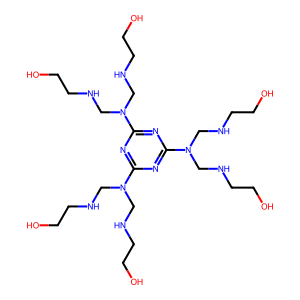
SMILES: OCCNCN(CNCCO)c1nc(N(CNCCO)CNCCO)nc(N(CNCCO)CNCCO)n1
Inhibits HIV replication: No